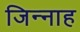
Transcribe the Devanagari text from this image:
जिन्‍नाह